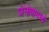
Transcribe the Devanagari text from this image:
जेनोवामध्ये